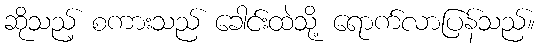
ဆိုသည့် စကားသည် ခေါင်းထဲသို့ ရောက်လာပြန်သည်။